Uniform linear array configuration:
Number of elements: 24
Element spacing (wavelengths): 0.75
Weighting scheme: uniform
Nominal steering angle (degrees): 30
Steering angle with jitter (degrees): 29.934
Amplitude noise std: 0.05
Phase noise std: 0.05

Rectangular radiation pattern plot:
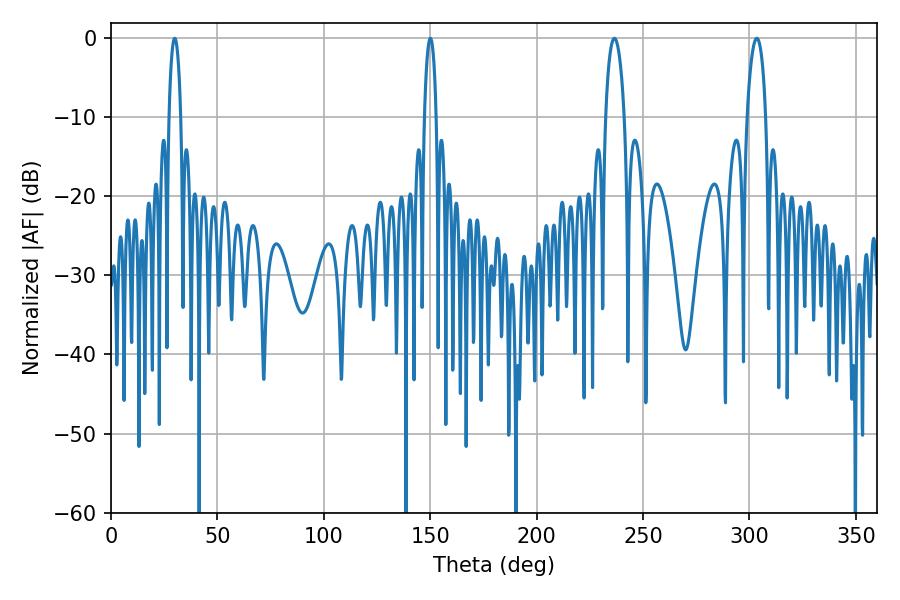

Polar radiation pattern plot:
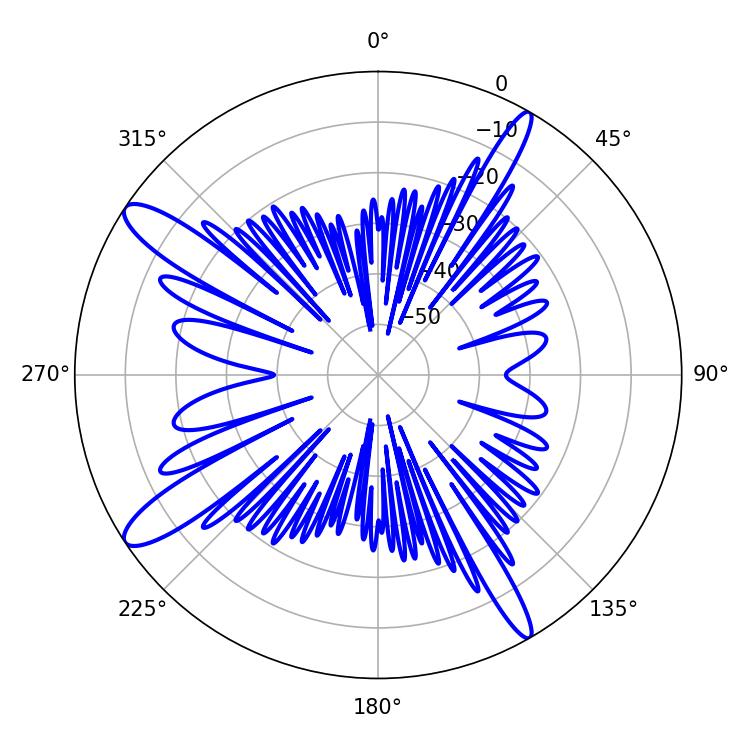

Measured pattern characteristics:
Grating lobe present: TRUE
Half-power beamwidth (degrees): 4.86
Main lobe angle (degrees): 236.52